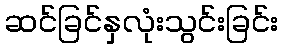
ဆင်ခြင်နှလုံးသွင်းခြင်း